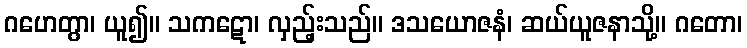
ဂဟေတွာ၊ ယူ၍။ သကဋော၊ လှည့်းသည်။ ဒသယောဇနံ၊ ဆယ်ယူဇနာသို့။ ဂတော၊